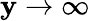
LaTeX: \mathbf{y}\to\infty